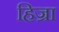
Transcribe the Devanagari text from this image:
हिज्रा